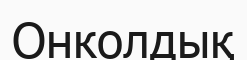
Онколдық